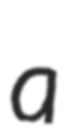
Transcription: a